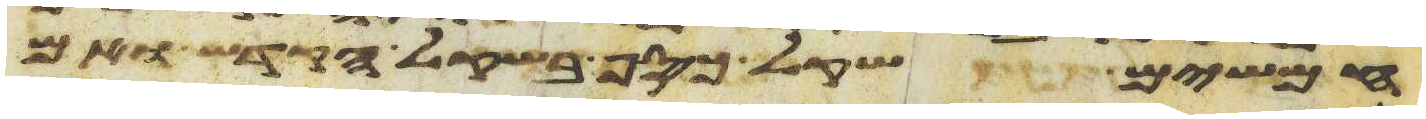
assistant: חמשים שקל כסף בשקל הקדש ואם